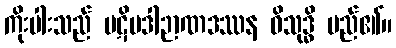
ကိုးပါးသည် ပဋိပဒါဉာဏဒဿန ဝိသုဒ္ဓိ မည်၏။